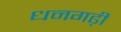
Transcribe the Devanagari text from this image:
धनगढ़ी